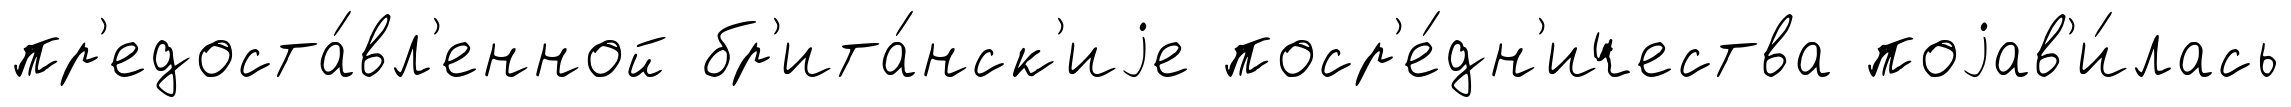
пр'едоста́вл'енной бр'ита́нск'иjе поср'е́дн'ичества поjав'и́лась